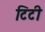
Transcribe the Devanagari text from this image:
टिटी